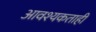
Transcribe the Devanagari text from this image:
आवश्यकताही